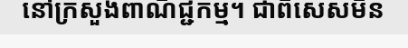
នៅក្រសួងពាណិជ្ជកម្ម។ ជាពិសេសមិន